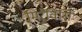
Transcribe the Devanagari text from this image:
मिरैविसि